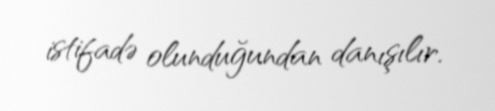
istifadə olunduğundan danışılır.